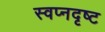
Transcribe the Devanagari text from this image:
स्वप्नदृष्ट